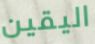
اليقين